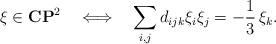
LaTeX: \begin{align*}\xi\in {\bf C}{\bf P}^2\ \ \ \Longleftrightarrow\ \ \ \sum_{i,j}d_{ijk}\xi_i\xi_j=-\frac{1}{3}\,\xi_k. \end{align*}